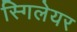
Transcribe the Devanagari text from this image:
स्गिलेयर